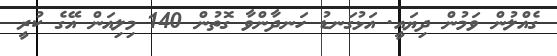
ގެއްލުން ވަމުން ދިޔައީ. އަޅުގަނޑު ހަނދާންވާ ގޮތުން 140 މިލިއަން އޭގެ ކުރީ